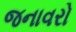
જનાવરો